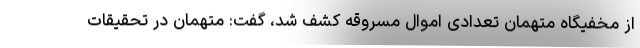
از مخفیگاه متهمان تعدادی اموال مسروقه کشف شد، گفت: متهمان در تحقیقات